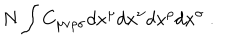
N \int C _ { \mu \nu \rho \sigma } d x ^ { \mu } d x ^ { \nu } d x ^ { \rho } d x ^ { \sigma } \ .